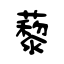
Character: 藜